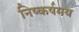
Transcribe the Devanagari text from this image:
निष्कर्षमय